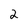
Character: 2